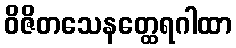
ဝိဇိတသေနတ္ထေရဂါထာ